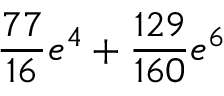
\frac { 7 7 } { 1 6 } e ^ { 4 } + \frac { 1 2 9 } { 1 6 0 } e ^ { 6 }